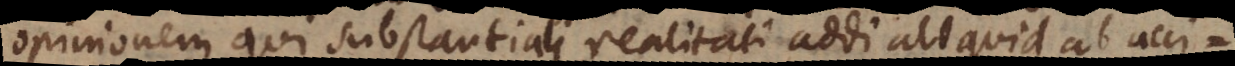
opinionem, qui substantiali realitati addi aliquid ab acci